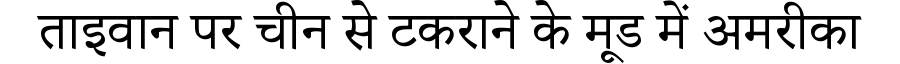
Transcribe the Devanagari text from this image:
ताइवान पर चीन से टकराने के मूड में अमरीका